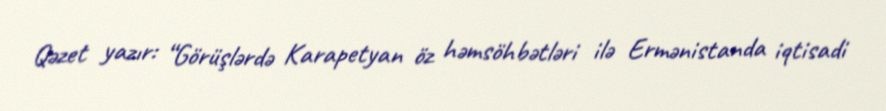
Qəzet yazır: “Görüşlərdə Karapetyan öz həmsöhbətləri ilə Ermənistanda iqtisadi